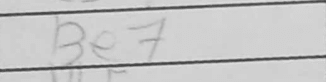
Transcription: Be7